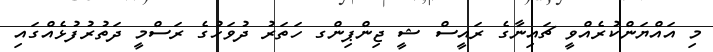
މި އައްޔަންކުރެއްވީ ޗައިނާގެ ރައީސް ޝީ ޖިންޕިންގ ހަތަރު ދުވަހުގެ ރަސްމީ ދަތުރުފުޅެއްގައި